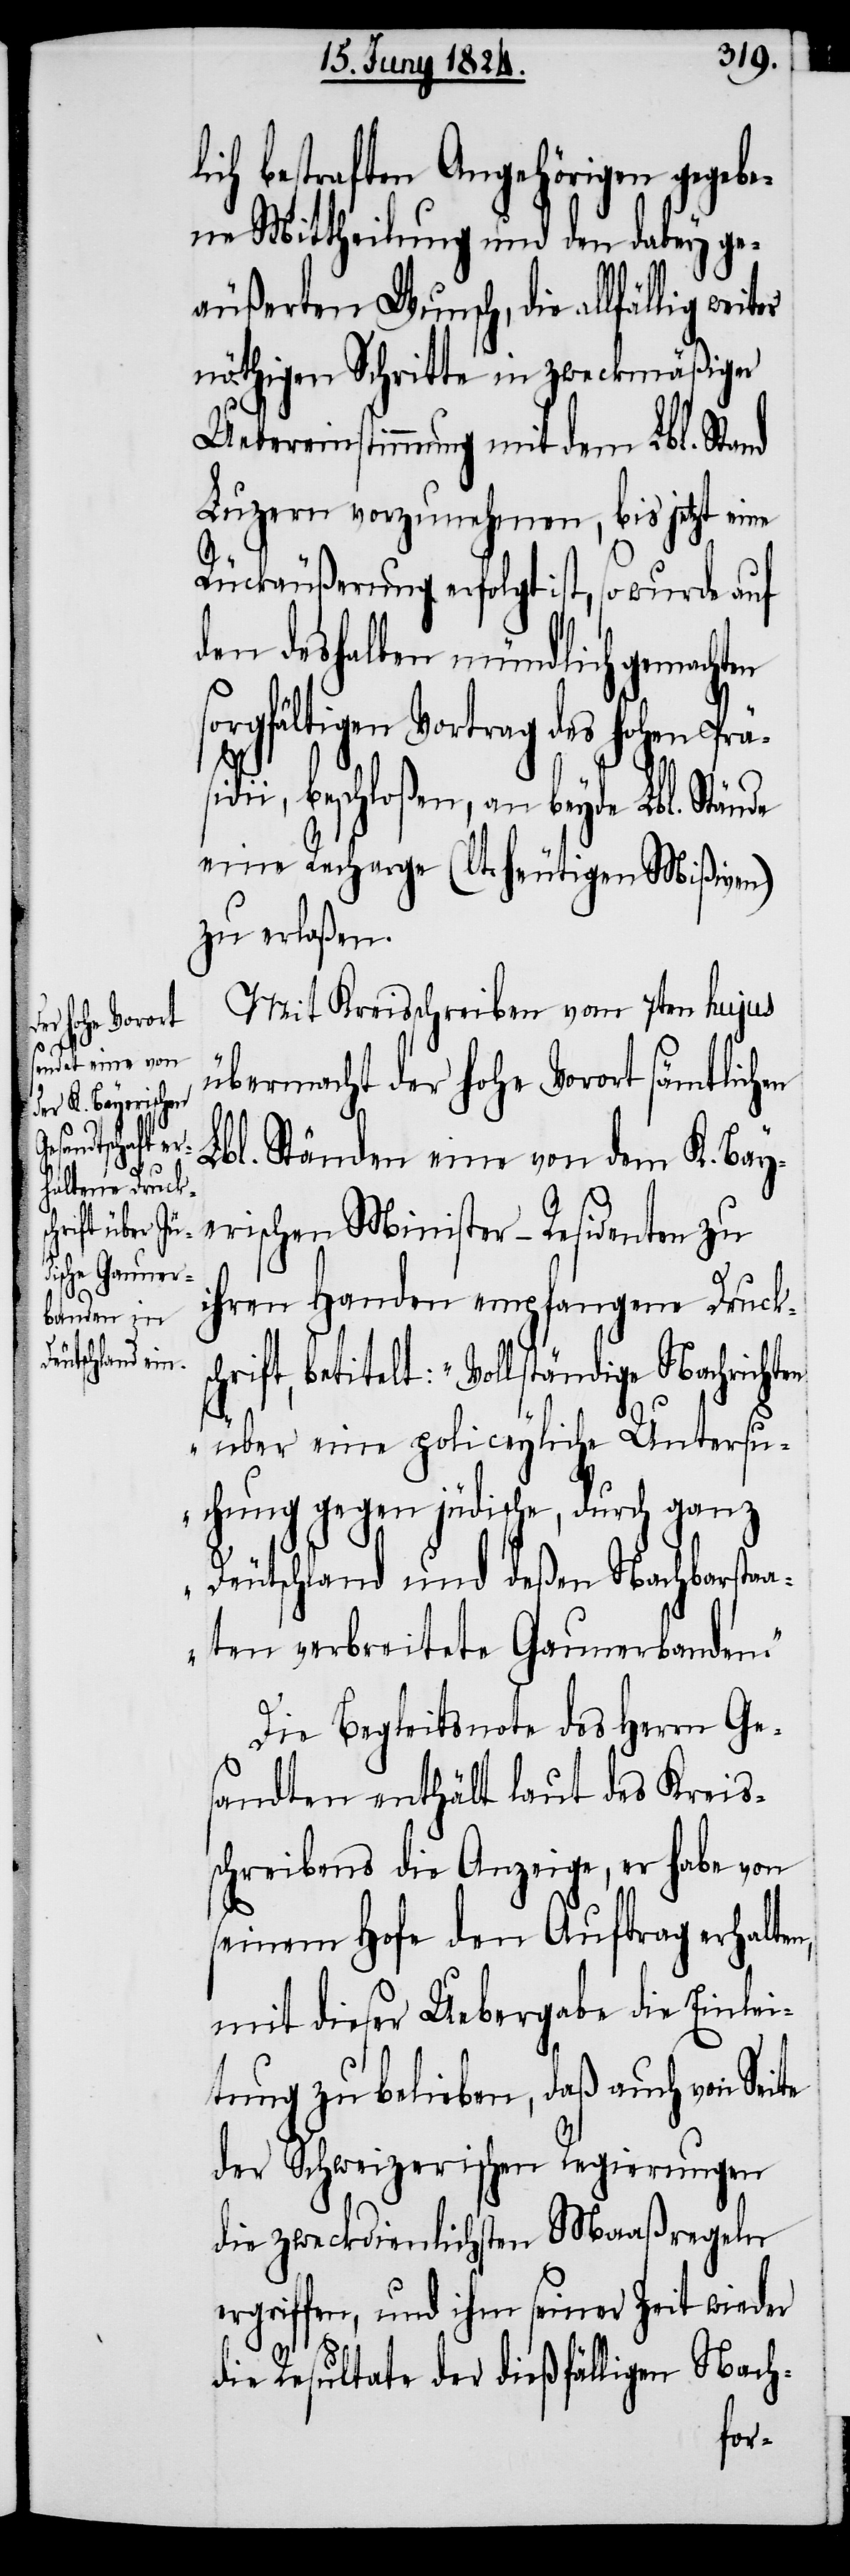
ch¬

ich bestraften Angehörigen gegebe¬
ne Mittheilung und den dabey ge¬
äußerten Wunsch, die allfällig
nöthigen Schritte in zweckmäßiger
Uebereinstimmung mit dem Lbl. Stand
Luzern vorzunehmen, bis jetzt eine
Rückäußerung erfolgt ist, so wurde auf
den deshalben mündlich gemachten
sorgfältigen Vortrag des hohen Präs¬
i¬
dii, beschloßen, an beyde Lbl. Stände
eine Recharge (lt. heutigen Mißiven)
zu erlaßen.
Mit Kreisschreiben vom 7ten hujus
übermacht der hohe Vorort sämtlichen
Lbl. Ständen eine von dem K. Bay¬
erischen Minister-Residenten zu
ihren Handen empfangene Drucks¬
rift, betitelt: „Vollständige Nachrichten
über eine policeyliche Untersu¬
chung gegen jüdische, durch ganz
Deutschland und deßen Nachbarsta¬
aten verbreitete Gaunerbanden.“
Die Begleitsnote des Herrn Ge¬
sandten enthält laut des Kreis¬
schreibens die Anzeige, er habe von
seinem Hofe den Auftrag erhalten,
mit dieser Uebergabe die Einlei¬
tung zu belieben, daß auch von Seite
der Schweizerischen Regierungen
die zweckdienlichsten Maaßregeln
ergriffen, und ihm seiner Zeit wieder
die Resultate der dießfälligen Nach-